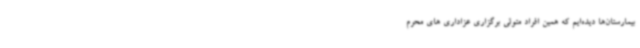
بیمارستان‌ها دیده‌ایم که همین افراد متولی برگزاری عزاداری های محرم